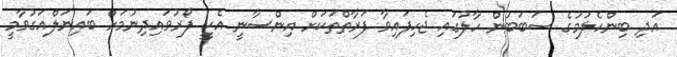
އަދި ބިންހެލުމުގެ ސަބަބުން ހާލުގައި ޖެހިފައިވާ ފަރާތްތަކަށް އިންސާނީ އެހީ ފޯރުވައިދިނުމަށް ބައިނަލްއަގުވާމީ